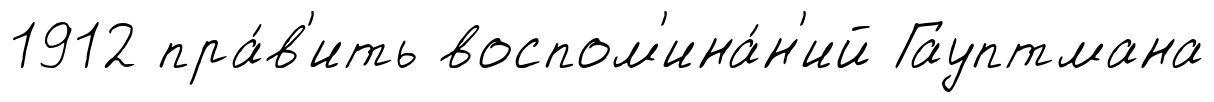
1912 пра́в'ить воспом'ина́н'ий Гауптмана